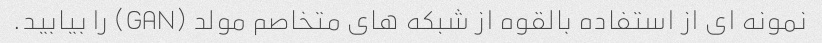
نمونه ای از استفاده بالقوه از شبکه های متخاصم مولد (GAN) را بیابید.